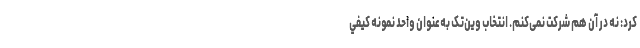
کرد: نه در آن هم شرکت نمی‌کنم. انتخاب وین‌تک به‌عنوان واحد نمونه كيفي